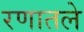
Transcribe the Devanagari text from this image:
रणातले